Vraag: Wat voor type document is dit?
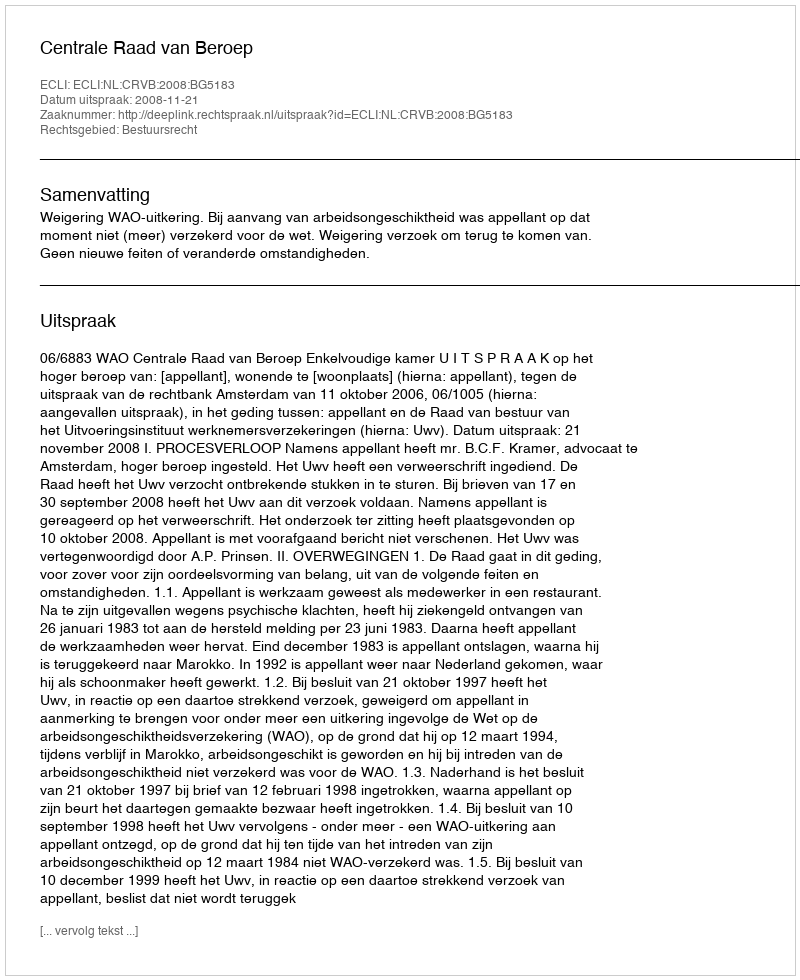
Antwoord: Uitspraak